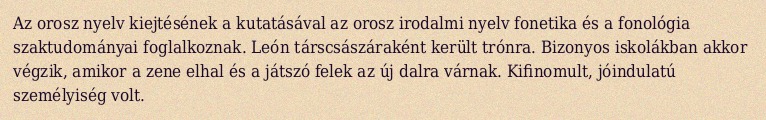
Az orosz nyelv kiejtésének a kutatásával az orosz irodalmi nyelv fonetika és a fonológia szaktudományai foglalkoznak. León társcsászáraként került trónra. Bizonyos iskolákban akkor végzik, amikor a zene elhal és a játszó felek az új dalra várnak. Kifinomult, jóindulatú személyiség volt.